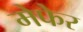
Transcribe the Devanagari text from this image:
मेफेर